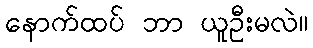
နောက်ထပ် ဘာ ယူဦးမလဲ။